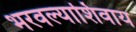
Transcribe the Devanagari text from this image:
भरवल्याशिवाय